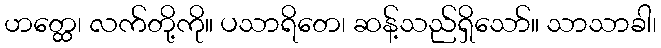
ဟတ္ထေ၊ လက်တို့ကို။ ပသာရိတေ၊ ဆန့်သည်ရှိသော်။ သာသာခါ၊